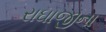
રાઘાજીના